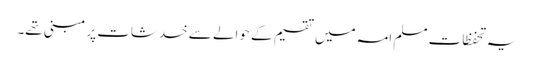
یہ تحفظات مسلم امہ میں تقسیم کے حوالے سے خدشات پر مبنی تھے۔